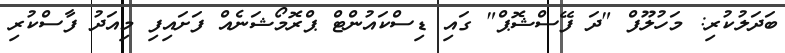
ބަދަލުކުރި: މަހުލޫފް "ދަ ފޭސްޝޮޕް" ގައި ޑިސްކައުންޓް ޕްރޮމޯޝަނެއް ފަށައިފި މިއަދު ފާސްކުރި